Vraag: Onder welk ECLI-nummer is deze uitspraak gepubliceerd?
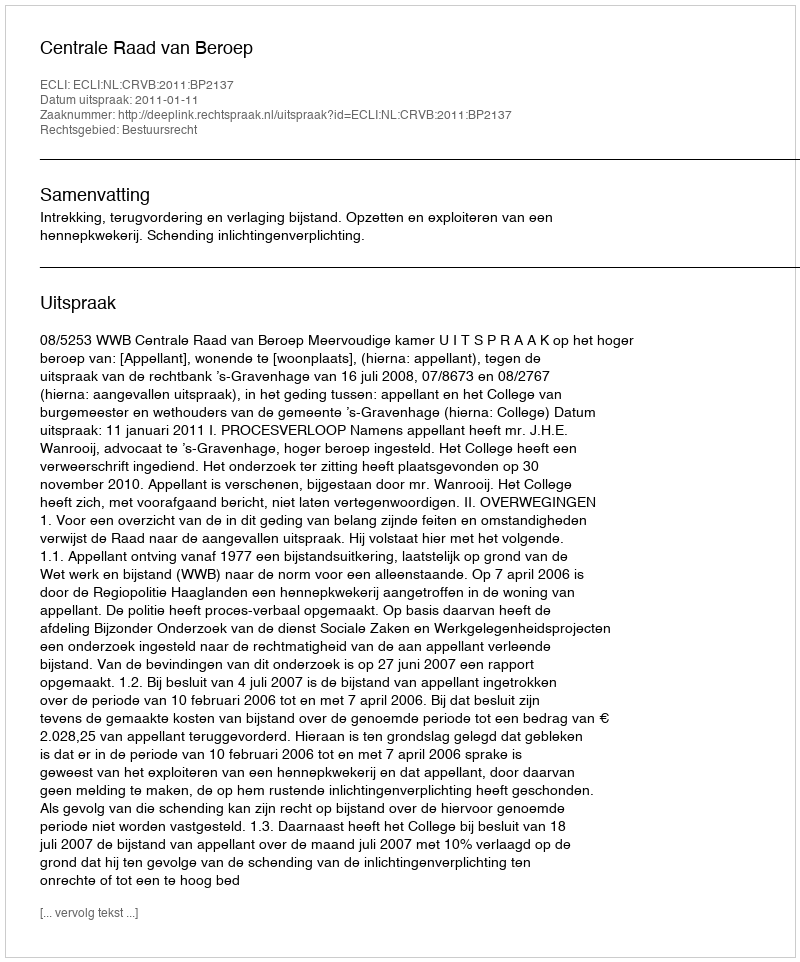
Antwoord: ECLI:NL:CRVB:2011:BP2137